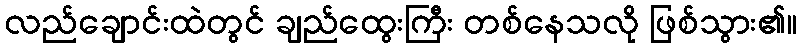
လည်ချောင်းထဲတွင် ချည်ထွေးကြီး တစ်နေသလို ဖြစ်သွား၏။